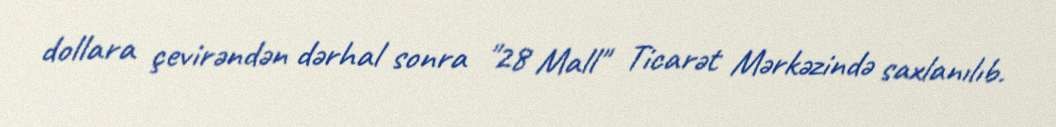
dollara çevirəndən dərhal sonra "28 Mall" Ticarət Mərkəzində saxlanılıb.